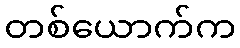
တစ်ယောက်က